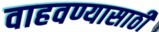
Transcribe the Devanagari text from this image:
वाहवण्यासाठी